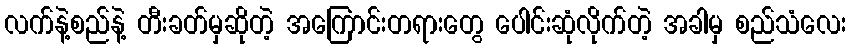
လက်နဲ့စည်နဲ့ တီးခတ်မှဆိုတဲ့ အကြောင်းတရားတွေ ပေါင်းဆုံလိုက်တဲ့ အခါမှ စည်သံလေး